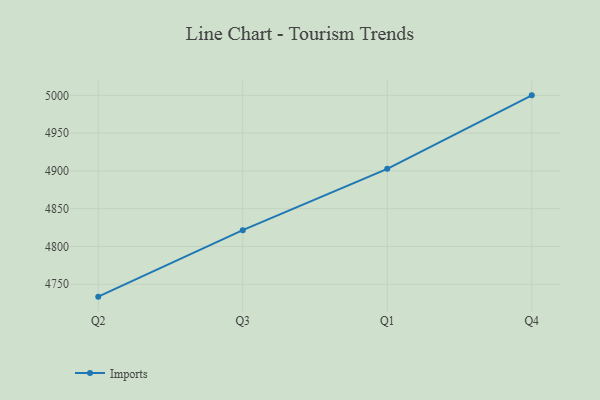
{"axis": {"x": "Quarter", "y": "Temperature (°C)"}, "legend": ["Imports"], "data": [{"x": "Q2", "y": 4733.6, "type": "Imports"}, {"x": "Q3", "y": 4821.6, "type": "Imports"}, {"x": "Q1", "y": 4902.8, "type": "Imports"}, {"x": "Q4", "y": 5000, "type": "Imports"}]}